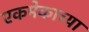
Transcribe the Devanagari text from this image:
एकमेकाच्या